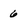
Character: 6